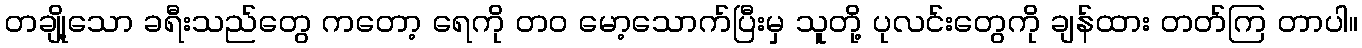
တချို့သော ခရီးသည်တွေ ကတော့ ရေကို တ၀ မော့သောက်ပြီးမှ သူတို့ ပုလင်းတွေကို ချန်ထား တတ်ကြ တာပါ။